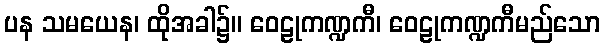
ပန သမယေန၊ ထိုအခါ၌။ ဝေဠုကဏ္ဍကီ၊ ဝေဠုကဏ္ဍကီမည်သော